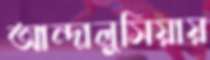
আন্দালুসিয়ায়